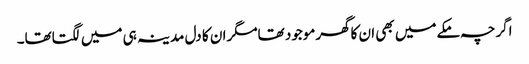
اگرچہ مکےمیں بھی ا ن کاگھرموجود تھامگران کا دل مدینہ ہی میں لگتاتھا۔